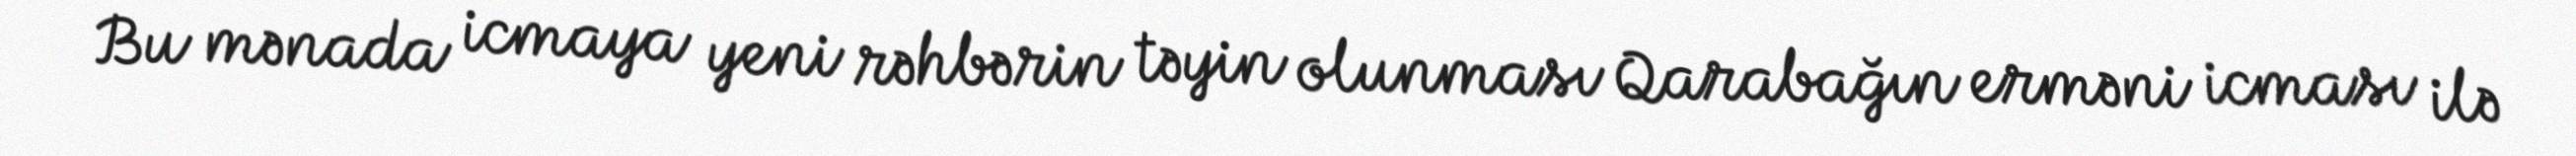
Bu mənada icmaya yeni rəhbərin təyin olunması Qarabağın erməni icması ilə